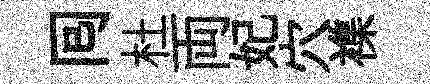
囘杜両妃穴襍